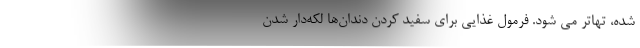
شده، تهاتر می شود. فرمول غذایی برای سفید کردن دندان‌ها لکه‌دار شدن